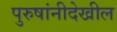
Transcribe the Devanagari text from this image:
पुरुषांनीदेखील